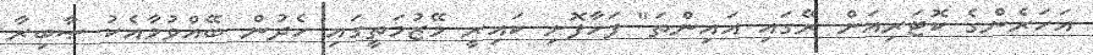
އަހަރެންގެ ކޮޓަރިއަށް ރޭގައި އައިންތަ" ފަހާފޮށި ކައިރީ މޭޒުމަތީގައި ހެދުން ބޭއްވުމާއެކު ޞާބިރާ